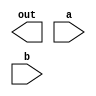
module or_gate(out,a,b);
input a,b;
output out;
or(y,a,b);
endmodule

module or_gate_test;
reg a,b;
wire out;
or_gate xx(out,a,b);
initial 
begin
#100 a=1;b=0;
#100 a=0;b=0;
#100 a=1;b=1;
#100 a=0;b=1;
end
endmodule